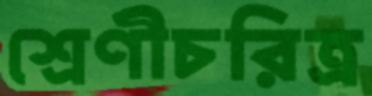
শ্রেণীচরিত্র